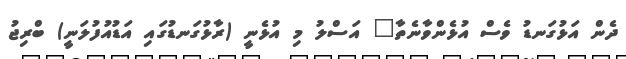
ދެން އަޅުގަނޑު ވެސް އުޅެންވާނެތާ" އަސްލު މި އުޅެނީ (ރާޅުގަނޑުގައި އަޑުއުފުލަނީ) ބްރިޖު